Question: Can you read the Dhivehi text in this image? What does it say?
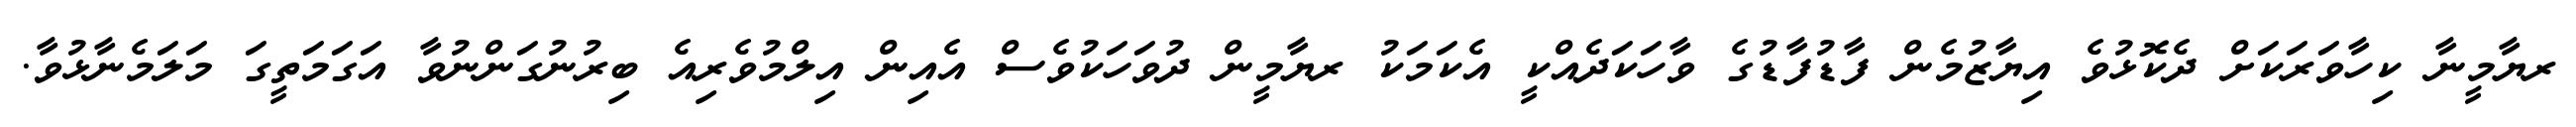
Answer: ރޔާމީނާ ކިހާވަރަކަށް ދެކޮޅުވެ އިޔާޒުމެން ފާޑުފާޑުގެ ވާހަކަދެއްކީ އެކަމަކު ރޔާމީން ދުވަހަކުވެސް އެއިން އިލްމުވެރިއެ ބިރުނުގަންނުވާ އަގަމަތީގަ މަލަމެނާޅުވާ.